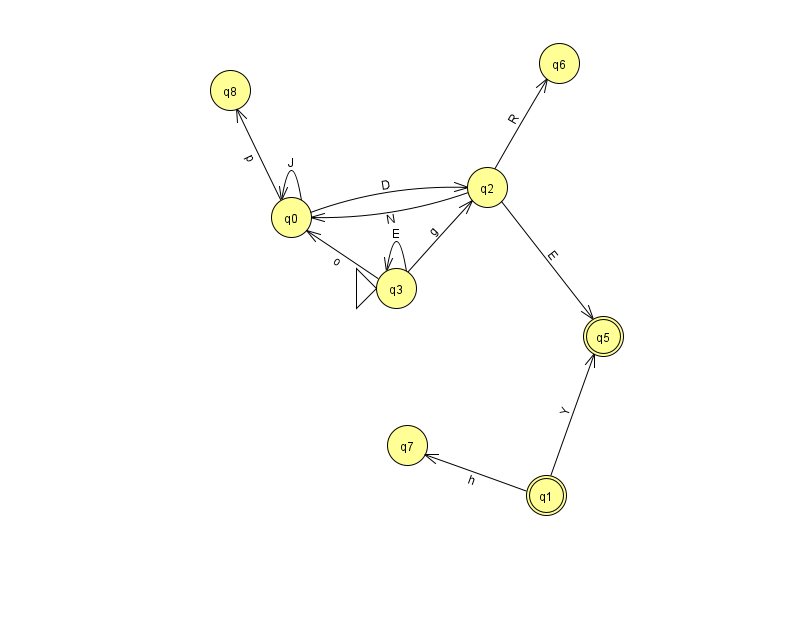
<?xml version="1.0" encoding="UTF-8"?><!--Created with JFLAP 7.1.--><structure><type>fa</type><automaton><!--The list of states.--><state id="0" name="q0"><x>291.0</x><y>204.0</y></state><state id="1" name="q1"><x>546.0</x><y>482.0</y><final/></state><state id="2" name="q2"><x>487.0</x><y>174.0</y></state><state id="3" name="q3"><x>396.0</x><y>275.0</y><initial/></state><state id="5" name="q5"><x>603.0</x><y>323.0</y><final/></state><state id="6" name="q6"><x>559.0</x><y>50.0</y></state><state id="7" name="q7"><x>407.0</x><y>432.0</y></state><state id="8" name="q8"><x>230.0</x><y>77.0</y></state><!--The list of transitions.--><transition><from>1</from><to>5</to><read>Y</read></transition><transition><from>3</from><to>0</to><read>o</read></transition><transition><from>0</from><to>2</to><read>D</read></transition><transition><from>2</from><to>5</to><read>E</read></transition><transition><from>2</from><to>6</to><read>R</read></transition><transition><from>3</from><to>3</to><read>E</read></transition><transition><from>1</from><to>7</to><read>h</read></transition><transition><from>0</from><to>0</to><read>J</read></transition><transition><from>2</from><to>0</to><read>N</read></transition><transition><from>3</from><to>2</to><read>g</read></transition><transition><from>0</from><to>8</to><read>p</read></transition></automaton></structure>